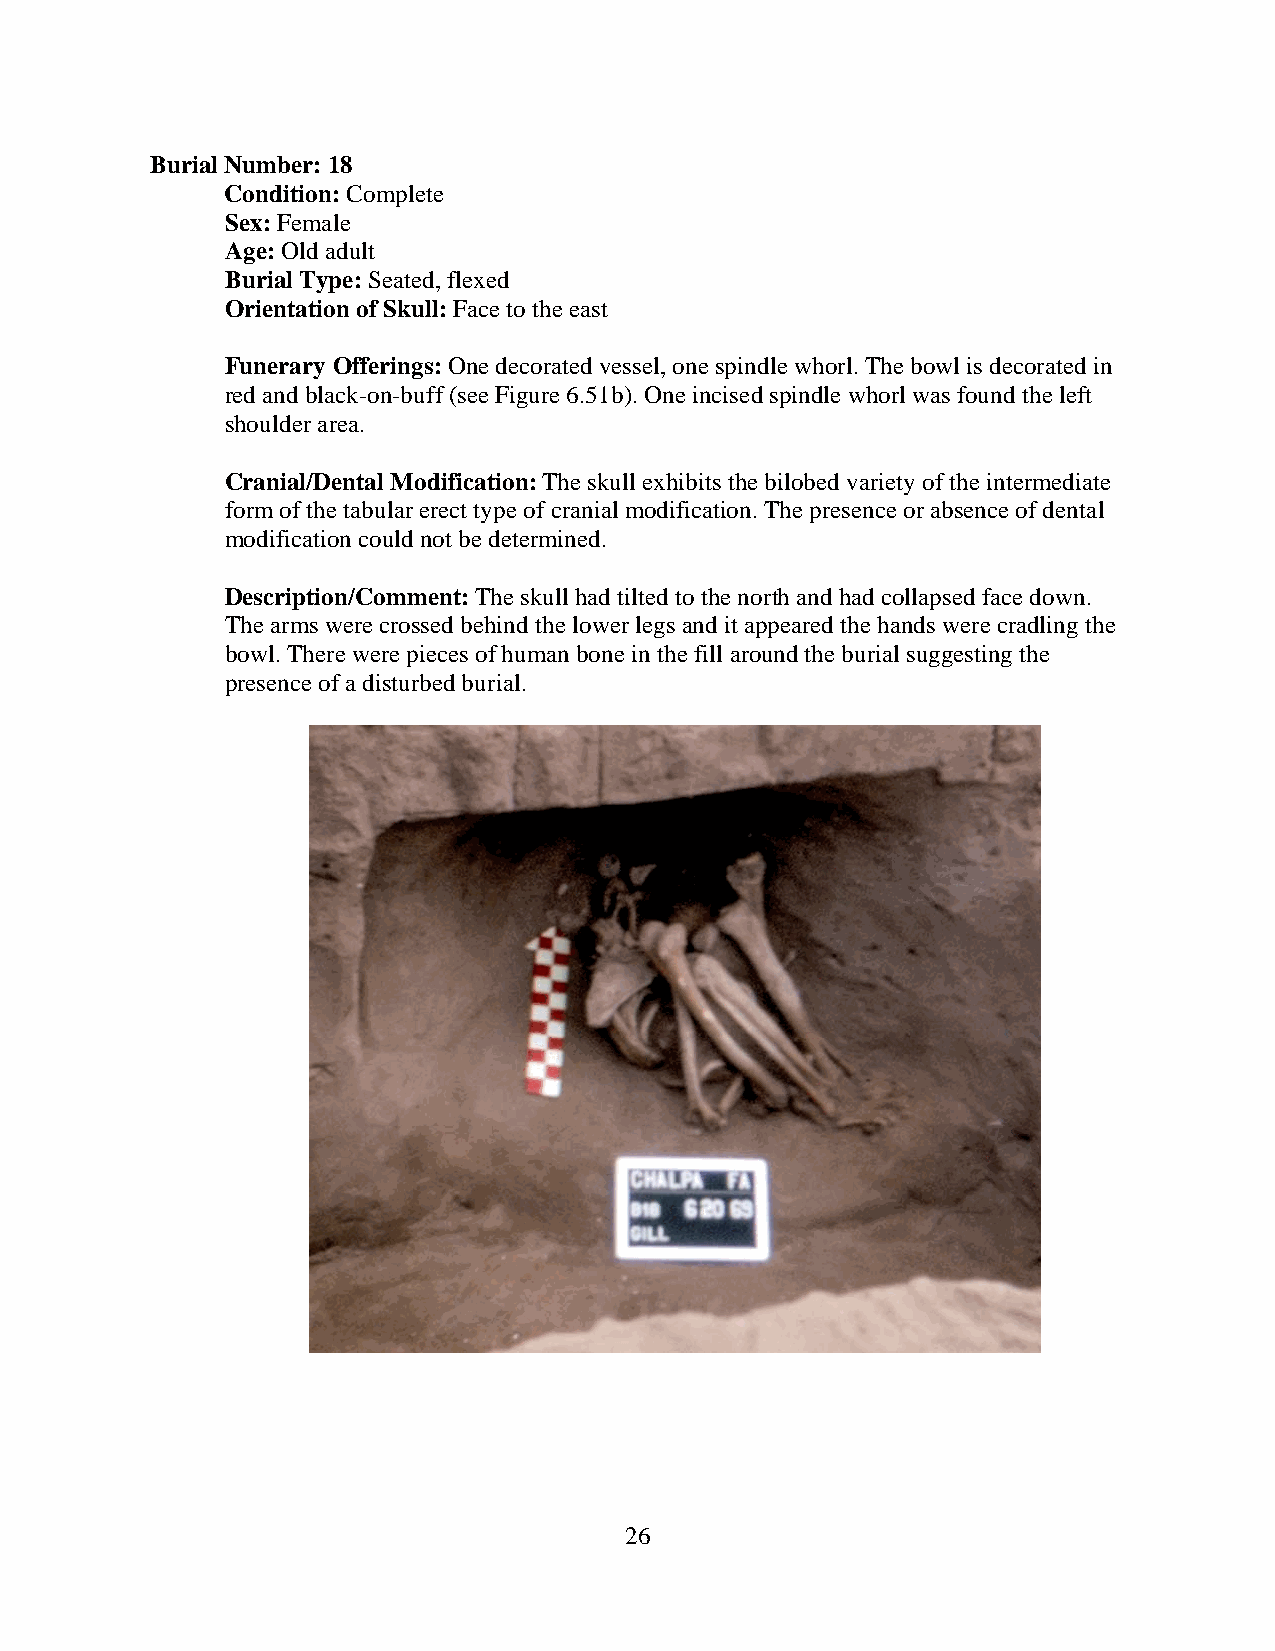
Burial Number: 18
 Condition: Complete
 Sex: Female
 Age: Old adult
 Burial Type: Seated, flexed
 Orientation of Skull: Face to the east
 Funerary Offerings: One decorated vessel, one spindle whorl. The bowl is decorated in
 red and black-on-buff (see Figure 6.51b). One incised spindle whorl was found the left
 shoulder area.
 Cranial/Dental Modification: The skull exhibits the bilobed variety of the intermediate
 form of the tabular erect type of cranial modification. The presence or absence of dental
 modification could not be determined.
 Description/Comment: The skull had tilted to the north and had collapsed face down.
 The arms were crossed behind the lower legs and it appeared the hands were cradling the
 bowl. There were pieces of human bone in the fill around the burial suggesting the
 presence of a disturbed burial.
 26